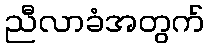
ညီလာခံအတွက်